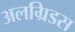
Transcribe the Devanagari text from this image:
अलग्रिडस